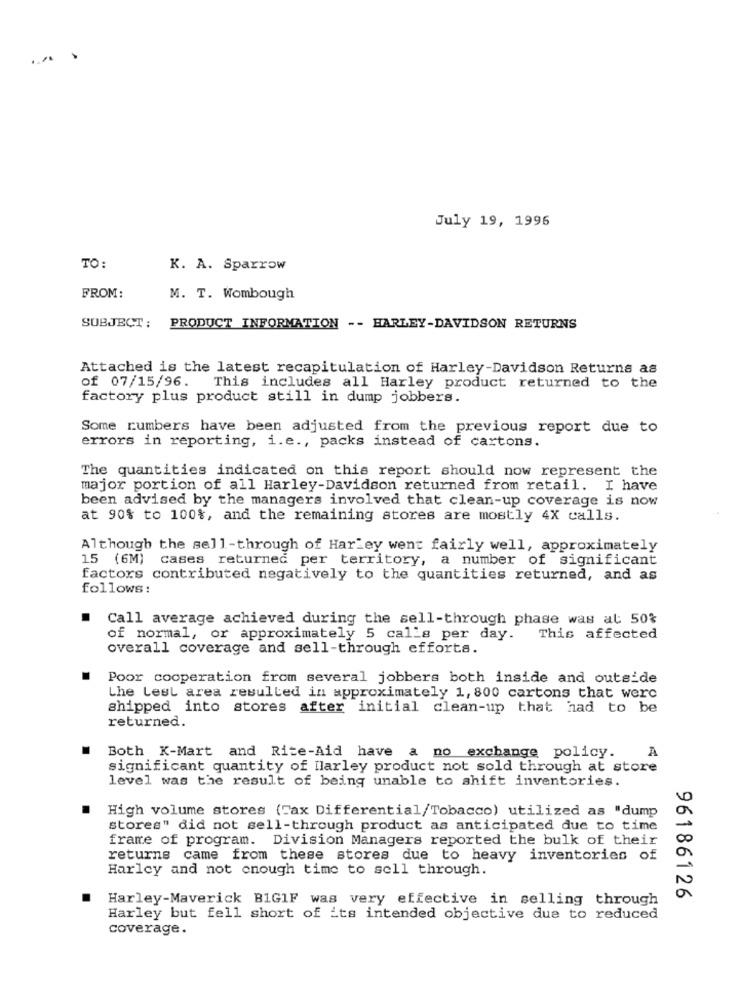
July 19, 1996
TO:
K. A. Sparrow
FROM:
M. T. Wombough
SUBJECT: PRODUCT INFORMATION -- HARLEY-DAVIDSON RETURNS
Attached is the latest recapitulation of Harley-Davidson Returns as
of 07/15/96.
This includes all Harley product returned to the
factory plus product still in dump jobbers.
Some rumbers have been adjusted from the previous report due to
errors in reporting, i.e ., packs instead of cartons.
The quantities indicated on this report should now represent the
major portion of all Harley-Davidson returned from retail. I have
been advised by the managers involved that clean-up coverage is now
at 90% to 100%, and the remaining stores are mostly 4X calls.
Although the sell-through of Harley went fairly well, approximately
15 (6M) cases returned per territory, a number of significant
factors contributed negatively to the quantities returned, and as
follows:
Call average achieved during the sell-through phase was al 50%
of normal, or approximately 5 calls per day.
This affected
overall coverage and sell-through efforts.
Poor cooperation from several jobbers both inside and outside
Lhe Lest area resulted in approximately 1, 800 cartons that were
shipped into stores after initial clean-up that had to be
returned.
A
Both K-Mart and Rite-Aid have a no exchange policy.
significant quantity of Ilarley product not sold through at store
level was the result of being unable to shift inventories.
.
High volume stores (Tax Differential/Tobacco) utilized as "dump
stores" did not sell-through product as anticipated due to time
frame of program. Division Managers reported the bulk of their
returns came from these stores due to heavy inventories of
Harley and not enough time to sell through.
Harley-Maverick B1GIF was very effective in selling through
96186126
Harley but fell short of its intended objective due to reduced
coverage.